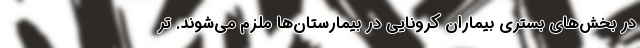
در بخش‌های بستری بیماران کرونایی در بیمارستان‌ها ملزم می‌شوند. تر